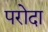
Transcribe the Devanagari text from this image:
परोदा